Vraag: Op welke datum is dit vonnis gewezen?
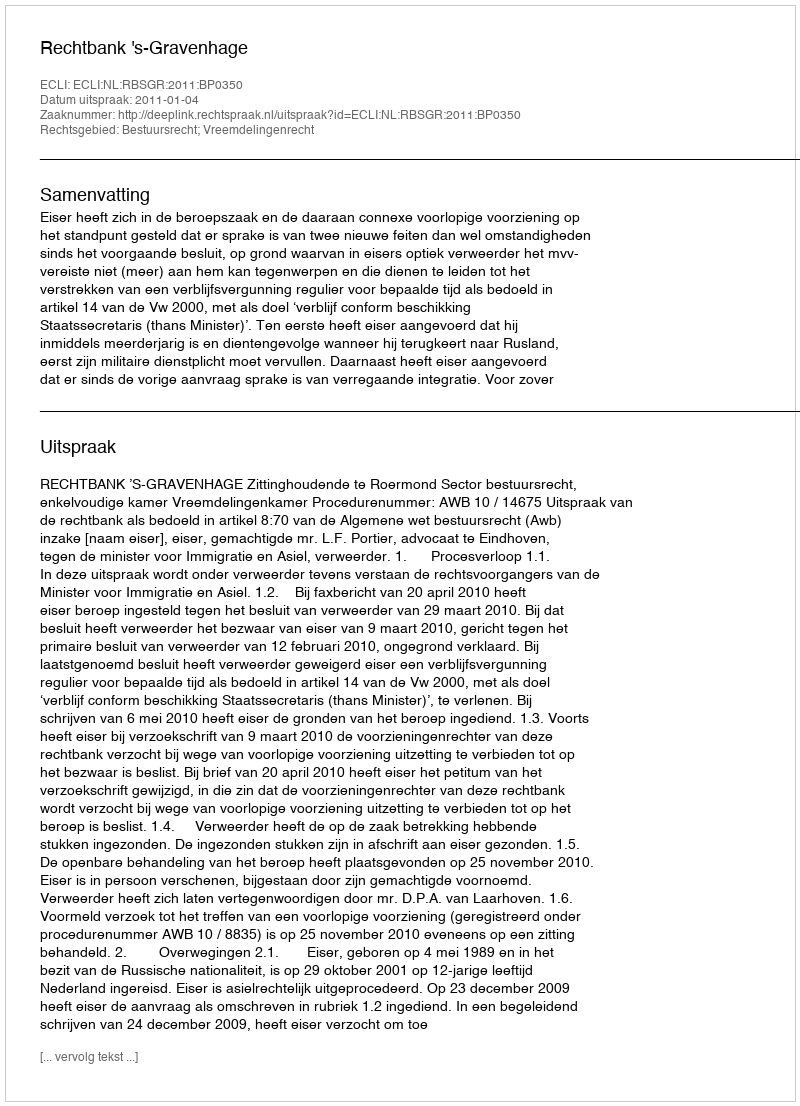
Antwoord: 2011-01-04